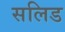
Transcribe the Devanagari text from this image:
सलिड